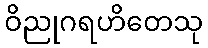
ဝိညုဂရဟိတေသု